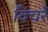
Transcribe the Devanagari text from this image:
विचरें